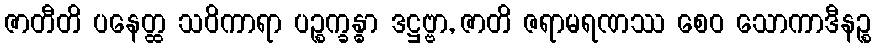
ဇာတီတိ ပနေတ္ထ သဝိကာရာ ပဉ္စက္ခန္ဓာ ဒဋ္ဌဗ္ဗာ, ဇာတိ ဇရာမရဏဿ စေဝ သောကာဒီနဉ္စ